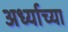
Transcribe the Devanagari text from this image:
अर्ध्याच्या